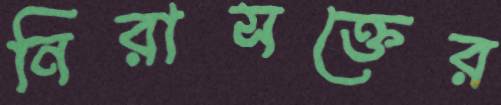
নিরাসক্তের